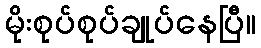
မိုးစုပ်စုပ်ချုပ်နေပြီ။